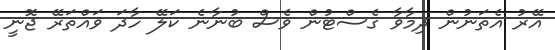
އޭރު އެތަނުން ދިމާވާ ގެސްޓުން ވެސް ބުނާނެ ކަލޭ ހާދަ ވައްތަރޭ ޖޮނީ